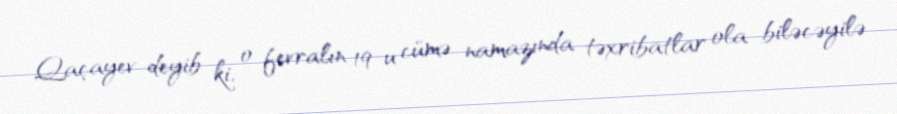
Qaçayev deyib ki, o fevralın 19-u cümə namazında təxribatlar ola biləcəyilə